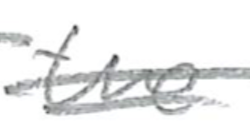
Text: the
Cross-out: double-line
Writing tool: pencil